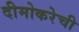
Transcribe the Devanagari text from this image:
दीमोकरेची